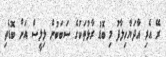
ރޭ އެރި އާދަޔާހިލާފު މި ބޮޑު ރާޅުތަކުގެ ސަބަބުން ލިލީސް އަށް ބޮޑެތި